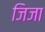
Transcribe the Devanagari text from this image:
जिजा